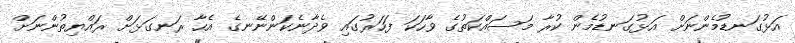
އަޅުގަނޑުމެންނަށް އަޅުގަނޑުމެން ކުރާ މަސައްކަތުގެ ވާހަކަ ފަހަރުގައި ވެދާނެކަންނޭނގެ އެހާ ރަނގަޅަށް ރައްޔިތުންނަށް